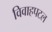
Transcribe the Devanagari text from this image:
विवाहपटल